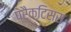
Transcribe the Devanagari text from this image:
प्रैक्टिसस